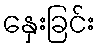
နှေးခြင်း